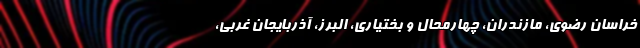
خراسان رضوی، مازندران، چهارمحال و بختیاری، البرز، آذربایجان غربی،